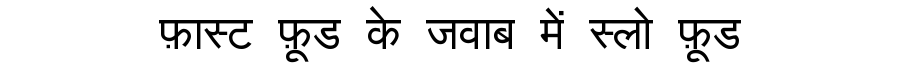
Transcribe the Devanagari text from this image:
फ़ास्ट फ़ूड के जवाब में स्लो फ़ूड